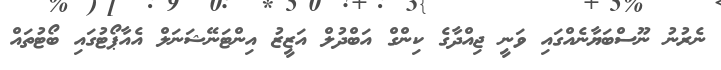
ނެރުނު ނޫސްބަޔާނެެއްގައި ވަނީ ޖިއްދާގެ ކިންގް އަބްދުލް އަޒީޒު އިންޓަނޭޝަނަލް އެއާޕޯޓުގައި ބޯޓުތައް